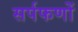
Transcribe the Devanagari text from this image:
सर्पफणों